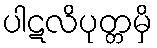
ပါဋလိပုတ္တမှိ